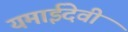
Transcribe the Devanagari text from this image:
यमाईदेवी